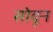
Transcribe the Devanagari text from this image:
सोवून